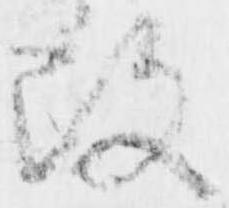
改